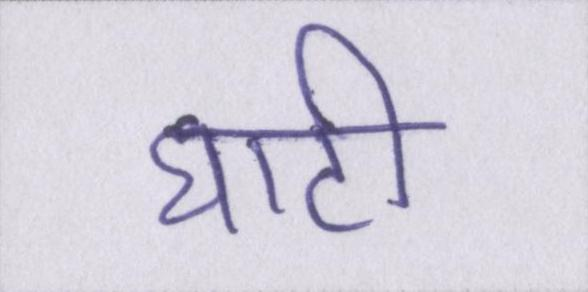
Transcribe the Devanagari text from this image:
घाटी